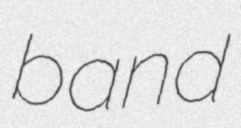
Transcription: band